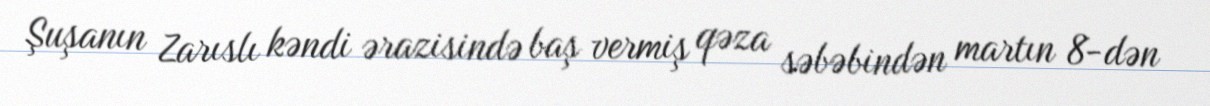
Şuşanın Zarıslı kəndi ərazisində baş vermiş qəza səbəbindən martın 8-dən